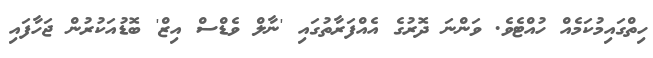
ހިތްގައިމުކަމެއް ހުއްޓެވެ. ވަންނަ ދޮރުގެ އެއްފަރާތުގައި 'ނާލް ވެޑްސް އިޒް' ބޮޑުއަކުރުން ޖަހާފައި